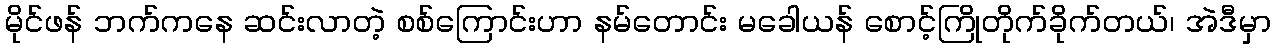
မိုင်ဖန် ဘက်ကနေ ဆင်းလာတဲ့ စစ်ကြောင်းဟာ နမ်တောင်း မခေါယန် စောင့်ကြိုတိုက်ခိုက်တယ်၊ အဲဒီမှာ